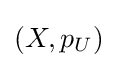
\left(X,p_{U}\right)